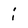
Character: i